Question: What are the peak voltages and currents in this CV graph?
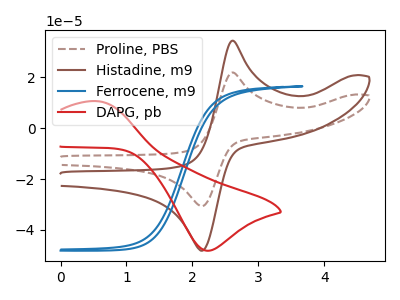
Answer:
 <answer>The brown dashed curve "Proline, PBS" has an anodic peak at (2.60V, 21.90uA) and a cathodic peak at (2.15V, -30.60uA). The brown curve "Histadine, m9" has an anodic peak at (2.60V, 34.40uA) and a cathodic peak at (2.15V, -48.10uA). The blue curve "Ferrocene, m9" has no peaks. The red curve "DAPG, pb" has an anodic peak at (0.55V, 10.60uA) and a cathodic peak at (2.25V, -48.15uA).</answer>
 <eval></eval>